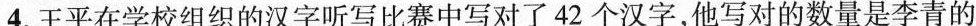
4.王平在学校组织的汉字听写比赛中写对了42个汉字，他写对的数量是李青的